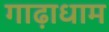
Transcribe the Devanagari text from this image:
गाढ़ाधाम